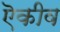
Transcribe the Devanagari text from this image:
ऎकीव